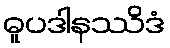
ဓူပဒါနဿိဒံ